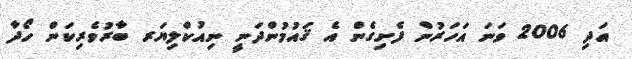
އަދި 2006 ވަނަ އަހަރުން ފެށިގެން އެ ޤައުމުންދަނީ ނިއުކްލިޔަރ ބާރުވެރިކަން ހޯދާ